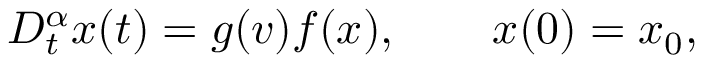
D _ { t } ^ { \alpha } x ( t ) = g ( v ) f ( x ) , \qquad x ( 0 ) = x _ { 0 } ,